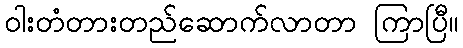
ဝါးတံတားတည်ဆောက်လာတာ ကြာပြီ။